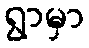
ရွာမှာ